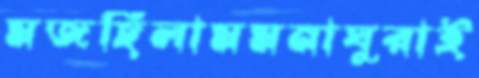
মজছিলামমনাঘুরাই